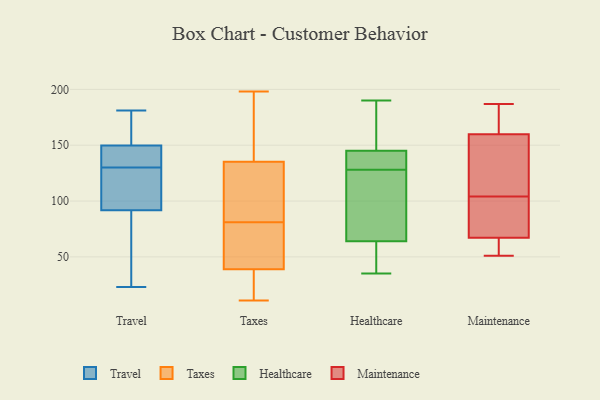
{"axis": {"x": "Market Share (%)", "y": "Value"}, "legend": ["Healthcare", "Maintenance", "Taxes", "Travel"], "data": [{"x": "", "y": 134, "type": "Travel"}, {"x": "", "y": 80, "type": "Travel"}, {"x": "", "y": 158, "type": "Travel"}, {"x": "", "y": 82, "type": "Travel"}, {"x": "", "y": 23, "type": "Travel"}, {"x": "", "y": 146, "type": "Travel"}, {"x": "", "y": 121, "type": "Travel"}, {"x": "", "y": 126, "type": "Travel"}, {"x": "", "y": 151, "type": "Travel"}, {"x": "", "y": 130, "type": "Travel"}, {"x": "", "y": 181, "type": "Travel"}, {"x": "", "y": 81, "type": "Taxes"}, {"x": "", "y": 157, "type": "Taxes"}, {"x": "", "y": 134, "type": "Taxes"}, {"x": "", "y": 180, "type": "Taxes"}, {"x": "", "y": 21, "type": "Taxes"}, {"x": "", "y": 11, "type": "Taxes"}, {"x": "", "y": 115, "type": "Taxes"}, {"x": "", "y": 198, "type": "Taxes"}, {"x": "", "y": 40, "type": "Taxes"}, {"x": "", "y": 53, "type": "Taxes"}, {"x": "", "y": 70, "type": "Taxes"}, {"x": "", "y": 139, "type": "Taxes"}, {"x": "", "y": 128, "type": "Taxes"}, {"x": "", "y": 16, "type": "Taxes"}, {"x": "", "y": 122, "type": "Taxes"}, {"x": "", "y": 36, "type": "Taxes"}, {"x": "", "y": 41, "type": "Taxes"}, {"x": "", "y": 134, "type": "Healthcare"}, {"x": "", "y": 136, "type": "Healthcare"}, {"x": "", "y": 59, "type": "Healthcare"}, {"x": "", "y": 174, "type": "Healthcare"}, {"x": "", "y": 190, "type": "Healthcare"}, {"x": "", "y": 144, "type": "Healthcare"}, {"x": "", "y": 38, "type": "Healthcare"}, {"x": "", "y": 95, "type": "Healthcare"}, {"x": "", "y": 122, "type": "Healthcare"}, {"x": "", "y": 74, "type": "Healthcare"}, {"x": "", "y": 187, "type": "Healthcare"}, {"x": "", "y": 134, "type": "Healthcare"}, {"x": "", "y": 41, "type": "Healthcare"}, {"x": "", "y": 69, "type": "Healthcare"}, {"x": "", "y": 146, "type": "Healthcare"}, {"x": "", "y": 169, "type": "Healthcare"}, {"x": "", "y": 35, "type": "Healthcare"}, {"x": "", "y": 143, "type": "Healthcare"}, {"x": "", "y": 78, "type": "Healthcare"}, {"x": "", "y": 41, "type": "Healthcare"}, {"x": "", "y": 187, "type": "Maintenance"}, {"x": "", "y": 172, "type": "Maintenance"}, {"x": "", "y": 61, "type": "Maintenance"}, {"x": "", "y": 131, "type": "Maintenance"}, {"x": "", "y": 69, "type": "Maintenance"}, {"x": "", "y": 90, "type": "Maintenance"}, {"x": "", "y": 139, "type": "Maintenance"}, {"x": "", "y": 104, "type": "Maintenance"}, {"x": "", "y": 51, "type": "Maintenance"}, {"x": "", "y": 157, "type": "Maintenance"}, {"x": "", "y": 168, "type": "Maintenance"}, {"x": "", "y": 57, "type": "Maintenance"}, {"x": "", "y": 104, "type": "Maintenance"}]}